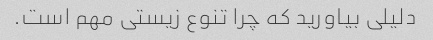
دلیلی بیاورید که چرا تنوع زیستی مهم است.